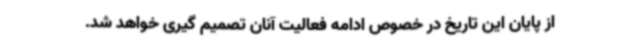
از پایان این تاریخ در خصوص ادامه فعالیت آنان تصمیم گیری خواهد شد.